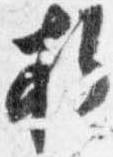
折